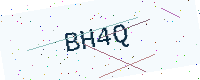
Text: BH4Q